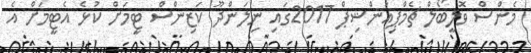
މެންސް ވޮލީބޯލް ޗެމްޕިއަންޝިޕް 2017ގައި ނިލަންދޫ ކަޒިންސް ޓީމަށް ކުޅެ އެޓީމަށް އެ